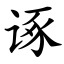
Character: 诼